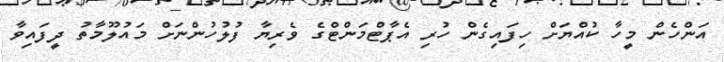
އަންހެން މީހާ ކުއްޔަށް ހިފައިގެން ހުރި އެޕާޓްމަންޓްގެ ވެރިޔާ ފުލުހުންނަށް މައުލޫމާތު ދީފައިވާ